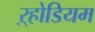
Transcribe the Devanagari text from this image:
ऱ्होडियम